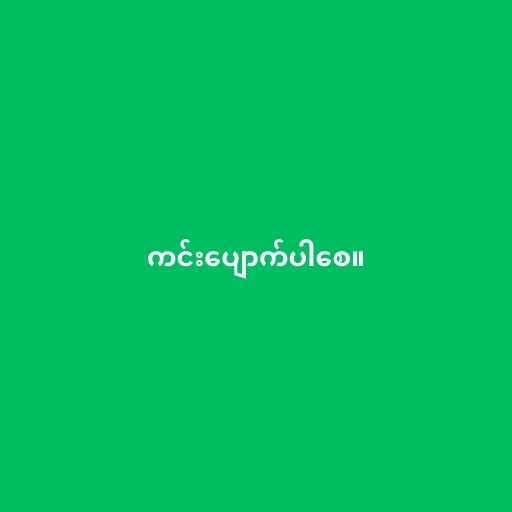
ကင်းပျောက်ပါစေ။